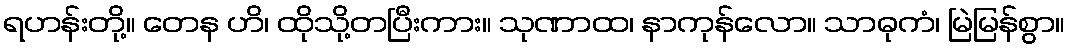
ရဟန်းတို့။ တေန ဟိ၊ ထိုသို့တပြီးကား။ သုဏာထ၊ နာကုန်လော။ သာဓုကံ၊ မြဲမြန်စွာ။